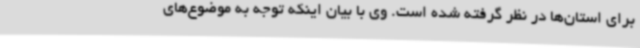
برای استان‌ها در نظر گرفته شده است. وی با بیان اینکه توجه به موضوع‌های